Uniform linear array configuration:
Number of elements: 64
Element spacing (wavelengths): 0.25
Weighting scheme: binomial
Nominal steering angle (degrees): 0
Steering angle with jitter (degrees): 0.4741
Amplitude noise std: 0.05
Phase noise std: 0.05

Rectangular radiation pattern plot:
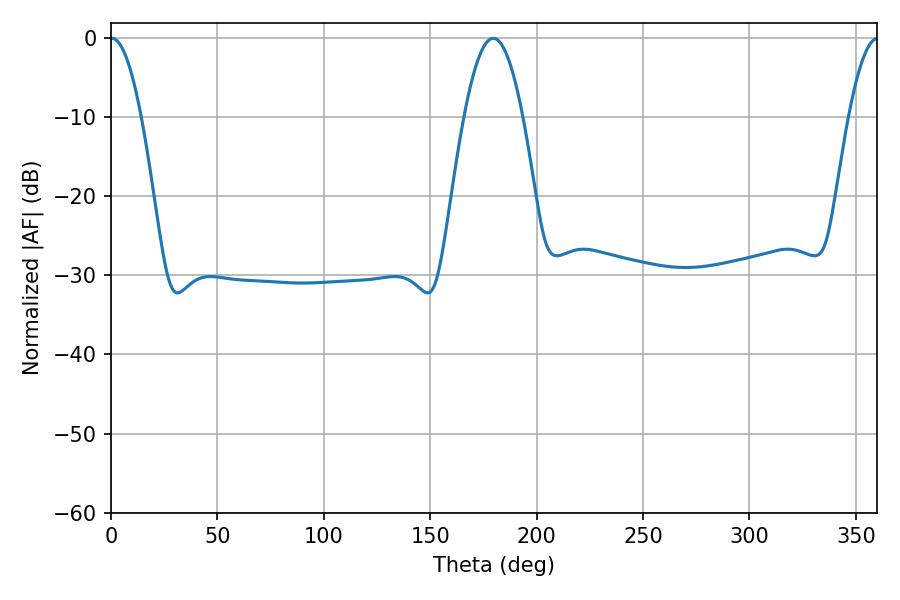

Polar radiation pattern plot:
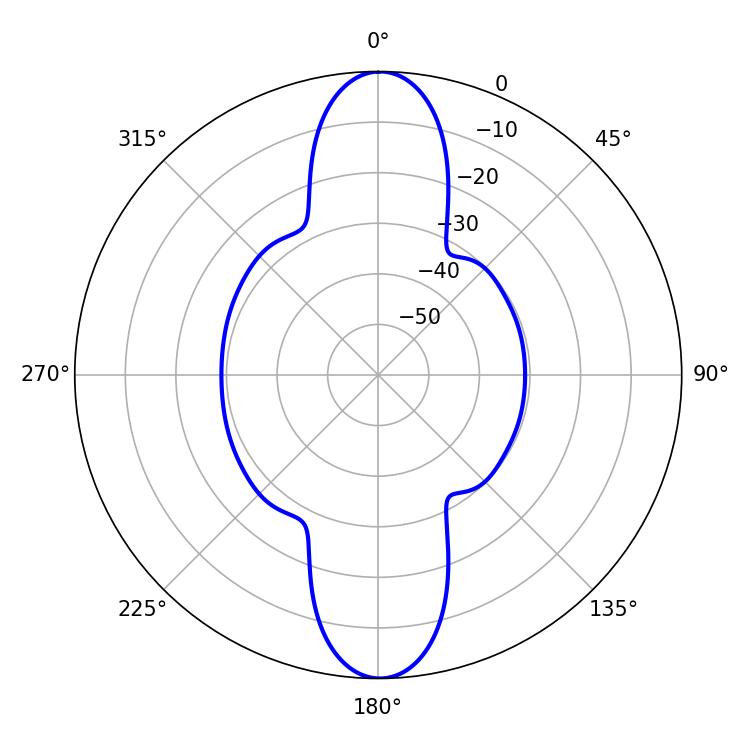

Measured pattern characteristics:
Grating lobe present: FALSE
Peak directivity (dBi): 30.202
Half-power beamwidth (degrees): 7.92
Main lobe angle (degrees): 0.36